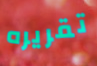
تقريره